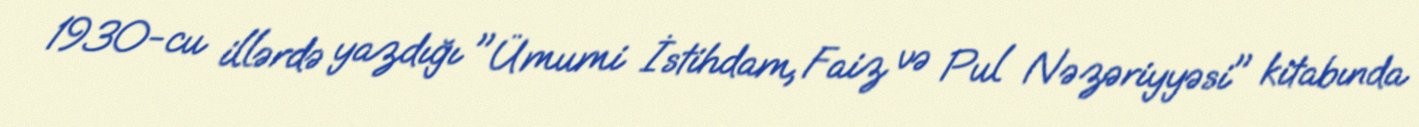
1930-cu illərdə yazdığı "Ümumi İstihdam, Faiz və Pul Nəzəriyyəsi" kitabında